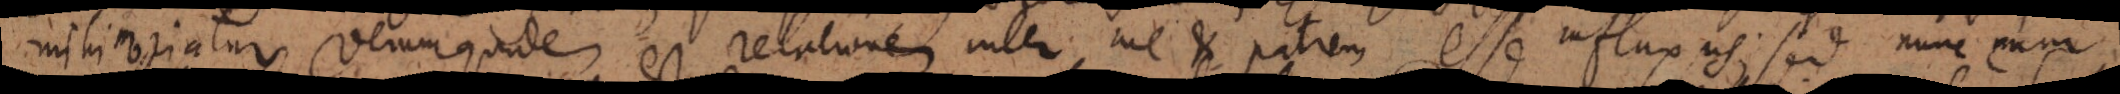
mihi oriatur verum quidem est relationem inter me et patrem esse influxus; sed nunc cum